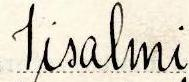
Iisalmi